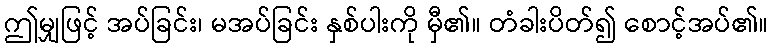
ဤမျှဖြင့် အပ်ခြင်း၊ မအပ်ခြင်း နှစ်ပါးကို မှီ၏။ တံခါးပိတ်၍ စောင့်အပ်၏။